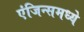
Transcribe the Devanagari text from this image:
एंजिन्समध्ये